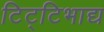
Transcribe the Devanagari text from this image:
टिट्‌टिभाद्य